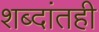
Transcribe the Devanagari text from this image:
शब्दांतही